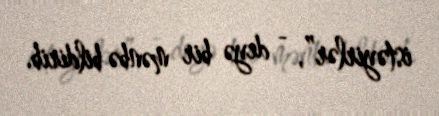
istəyirlər”, - deyə bir mənbə bildirib.